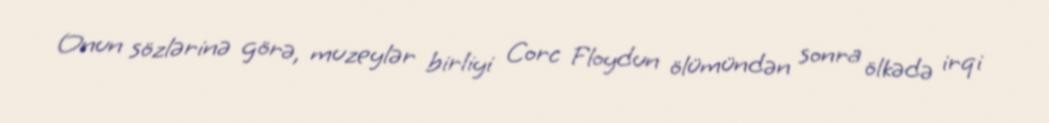
Onun sözlərinə görə, muzeylər birliyi Corc Floydun ölümündən sonra ölkədə irqi